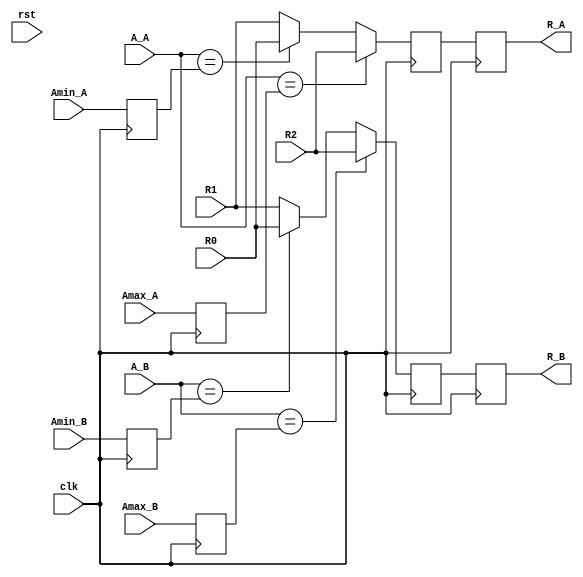
`timescale 1ns / 1ps
//////////////////////////////////////////////////////////////////////////////////
// Decide the given reward for both of the Agents
//////////////////////////////////////////////////////////////////////////////////

module RD( 
    // ------------
    input wire clk, rst,
    input wire [31:0] R0, R1, R2,
    input wire [1:0] Amax_A, Amin_A, A_A,
    input wire [1:0] Amax_B, Amin_B, A_B,
    output reg [31:0] R_A,R_B        
    );
      
    reg [1:0] Amax_reg0_A, Amin_reg0_A;
    reg [1:0] Amax_reg0_B, Amin_reg0_B;
    always @(posedge clk) begin
        Amax_reg0_A <= Amax_A;
        Amin_reg0_A <= Amin_A;
        
        Amax_reg0_B <= Amax_B;
        Amin_reg0_B <= Amin_B;
    end
    
    wire [31:0] Rtemp_A, Rtemp_B;
    assign Rtemp_A = (A_A==Amax_reg0_A)? R2 : 
                     ((A_A==Amin_reg0_A)? R0 : R1);
    
    
    assign Rtemp_B = (A_B==Amax_reg0_B)? R2 : 
                     ((A_B==Amin_reg0_B)? R0 : R1);
    
    reg [31:0] R_reg0_A, R_reg0_B;
    always @(posedge clk) begin
        R_reg0_A <= Rtemp_A;
        R_reg0_B <= Rtemp_B;
        R_A <= R_reg0_A;
        R_B <= R_reg0_B;
    end
    
//    wire [31:0] R_reg0;          
//    reg_32bit reg2(.clk(clk), .rst(rst),
//                    .in0(Rtemp), .out0(R_reg0));
////    enabler_32bit en0(.en(en),
////                      .in0(R_reg0), .out0(R_reg1));
//    reg_32bit reg3(.clk(clk), .rst(rst),
//                    .in0(R_reg0), .out0(R));
endmodule